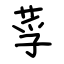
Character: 莩